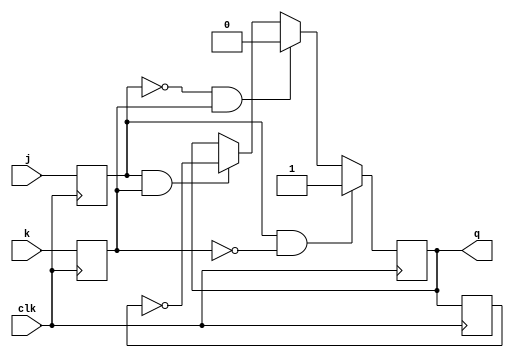
module jk_ff (
    input j, // input J
    input k, // input K
    input clk, // clock input
    output reg q // output Q
);

reg j1, k1, q1; // temporary storage for master flip-flop
reg q_final; // output of the slave flip-flop

always @(posedge clk) begin
    j1 <= j;
    k1 <= k;
    q1 <= q;
end

always @(negedge clk) begin
    if (j1 & ~k1) begin
        q_final <= 1;
    end else if (~j1 & k1) begin
        q_final <= 0;
    end else if (j1 & k1) begin
        q_final <= ~q1;
    end
end

assign q = q_final;

endmodule